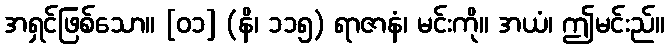
အရှင်ဖြစ်သော။ [၀၁] (နိ၊ ၁၁၅) ရာဇာနံ၊ မင်းကို။ အယံ၊ ဤမင်းည်။